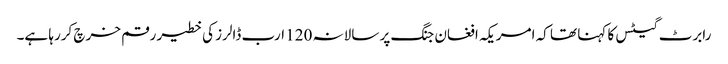
رابرٹ گیٹس کا کہنا تھا کہ امریکہ افغان جنگ پر سالانہ 120 ارب ڈالرز کی خطیر رقم خرچ کررہا ہے۔